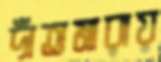
দাঁতমারায়